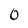
Character: 0